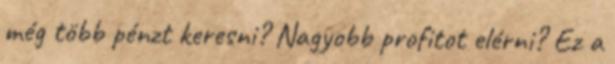
még több pénzt keresni? Nagyobb profitot elérni? Ez a